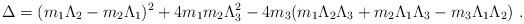
LaTeX: \begin{align*}\Delta=(m_1\Lambda_2-m_2\Lambda_1)^2+4m_1m_2\Lambda_3^2 -4m_3(m_1\Lambda_2\Lambda_3+m_2\Lambda_1\Lambda_3-m_3\Lambda_1\Lambda_2)~.\end{align*}